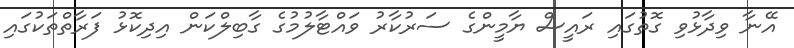
އޭނާ ވިދާޅުވި ގޮތުގައި ރައީސް ޔާމީންގެ ސަރުކާރު ވައްޓާލުމުގެ ގާބިލްކަން އިދިކޮޅު ފަރާތްތަކުގައި